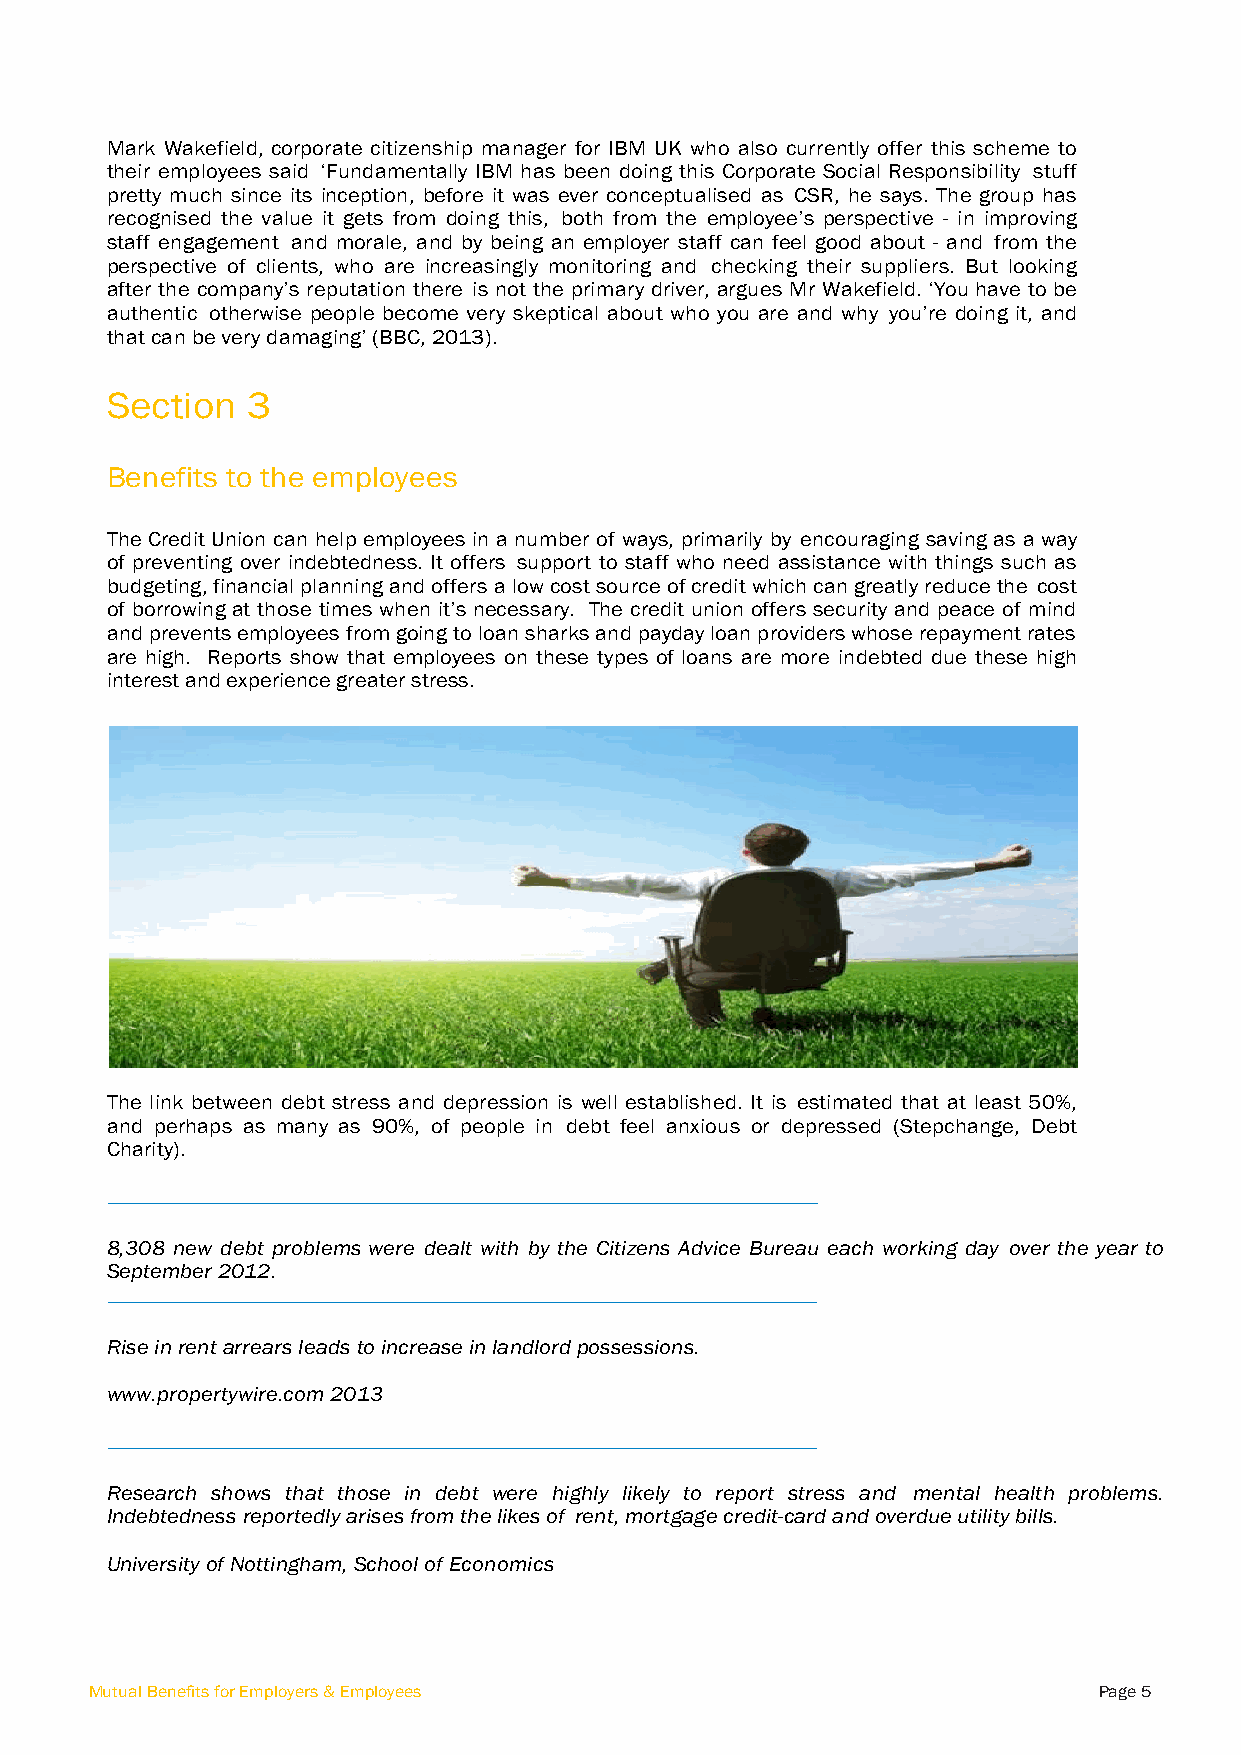
Mark Wakefield, corporate citizenship manager for IBM UK who also currently offer this scheme to
 their employees said ‘Fundamentally IBM has been doing this Corporate Social Responsibility stuff
 pretty much since its inception, before it was ever conceptualised as CSR, he says. The group has
 recognised the value it gets from doing this, both from the employee’s perspective - in improving
 staff engagement and morale, and by being an employer staff can feel good about - and from the
 perspective of clients, who are increasingly monitoring and checking their suppliers. But looking
 after the company’s reputation there is not the primary driver, argues Mr Wakefield. ‘You have to be
 authentic otherwise people become very skeptical about who you are and why you’re doing it, and
 that can be very damaging’ (BBC, 2013).
 Section  3
 Benefits to the employees
 The Credit Union can help employees in a number of ways, primarily by encouraging saving as a way
 of preventing over indebtedness. It offers support to staff who need assistance with things such as
 budgeting, financial planning and offers a low cost source of credit which can greatly reduce the cost
 of borrowing at those times when it’s necessary. The credit union offers security and peace of mind
 and prevents employees from going to loan sharks and payday loan providers whose repayment rates
 are high. Reports show that employees on these types of loans are more indebted due these high
 interest and experience greater stress.
 The link between debt stress and depression is well established. It is estimated that at least 50%,
 and perhaps as many as 90%, of people in debt feel anxious or depressed (Stepchange, Debt
 Charity).
 8,308 new debt problems were dealt with by the Citizens Advice Bureau each working day over the year to
 September 2012.
 Rise in rent arrears leads to increase in landlord possessions.
 www.propertywire.com 2013
 Research shows that those in debt were highly likely to report stress and mental health problems.
 Indebtedness reportedly arises from the likes of rent, mortgage credit-card and overdue utility bills.
 University of Nottingham, School of Economics
 Mutual Benefits for Employers & Employees                          Page 5